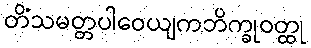
တိံသမတ္တပါဝေယျကဘိက္ခုဝတ္ထု